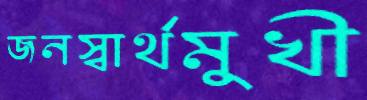
জনস্বার্থমুখী